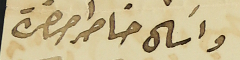
واسَال خاطر حضرة